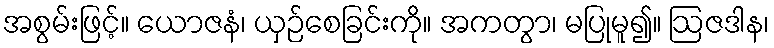
အစွမ်းဖြင့်။ ယောဇနံ၊ ယှဉ်စေခြင်းကို။ အကတွာ၊ မပြုမူ၍။ ဩဇဒါန၊